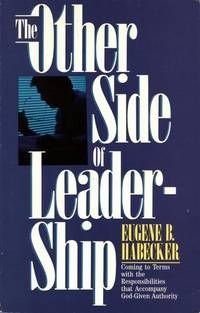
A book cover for The Other Side of Leadership: Coming to Terms with the Responsibilities that Accompany God-Given Authority; Eugene B. Habecker; Religion & Spirituality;